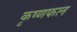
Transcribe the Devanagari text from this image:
कृष्णफल